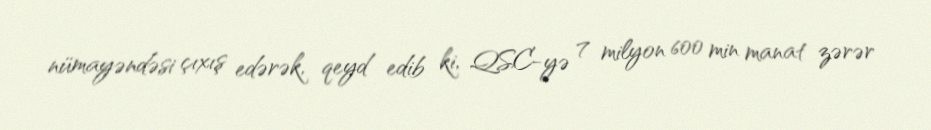
nümayəndəsi çıxış edərək, qeyd edib ki, QSC-yə 7 milyon 600 min manat zərər